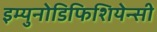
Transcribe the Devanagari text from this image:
इम्युनोडिफिशियेन्सी